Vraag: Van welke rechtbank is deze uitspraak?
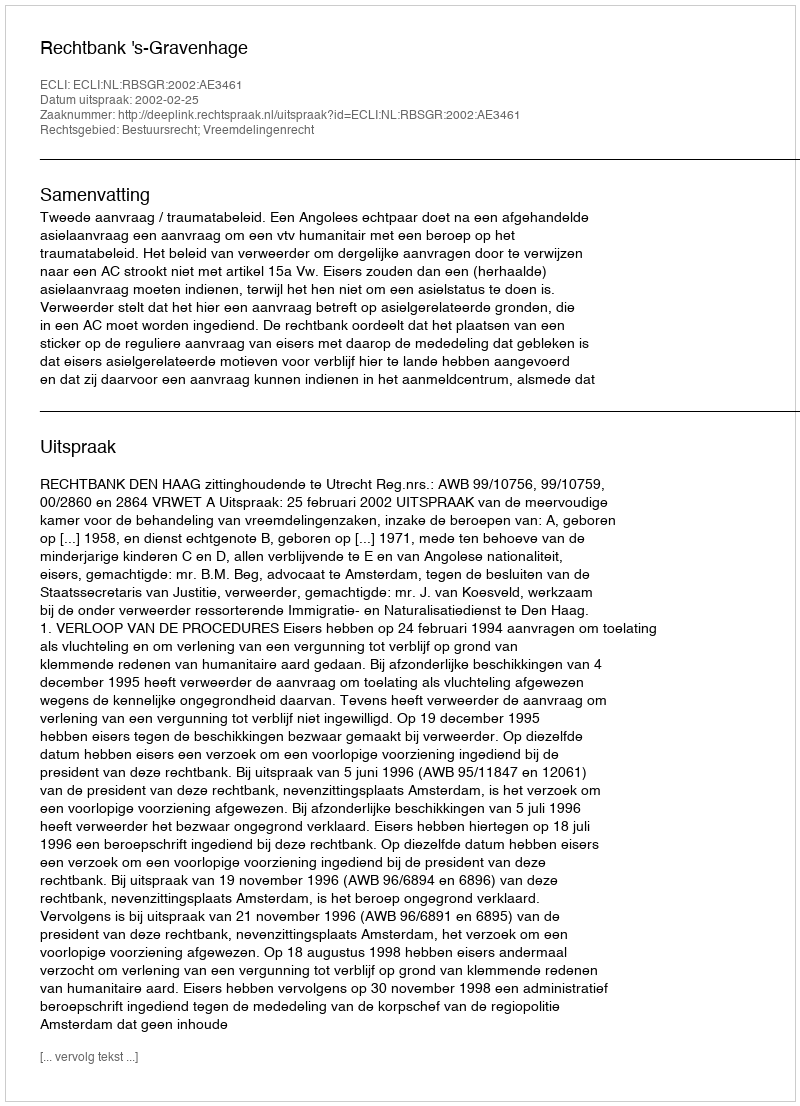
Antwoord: Rechtbank 's-Gravenhage